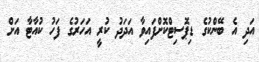
އަދި އެ ބޭންކުގެ ޑިޕޮސިޓްކޮށްފައިވާ އަދަދު ކުރީ އަހަރުގެ ފަހު ކުއާޓާ އަށް